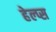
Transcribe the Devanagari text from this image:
हेल्प्स